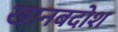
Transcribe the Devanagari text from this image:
खानबदोश